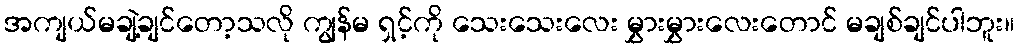
အကျယ်မချဲ့ချင်တော့သလို ကျွန်မ ရှင့်ကို သေးသေးလေး မွှားမွှားလေးတောင် မချစ်ချင်ပါဘူး။